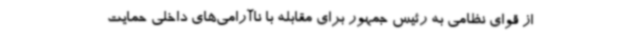
از قوای نظامی به رئیس جمهور برای مقابله با ناآرامی‌های داخلی حمایت